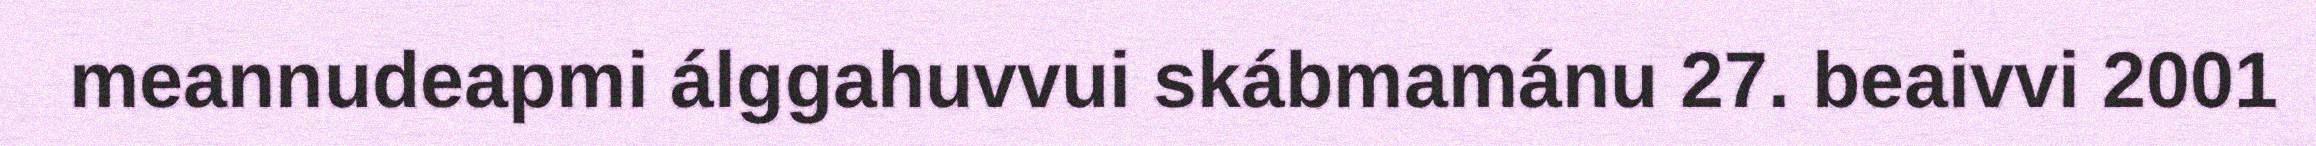
meannudeapmi álggahuvvui skábmamánu 27. beaivvi 2001